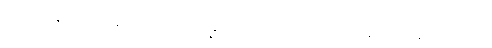
သုံးပါးကုန်သော။ ခန္ဓာ၊ စေတသိက်ခန္ဓာတို့ကို။ အဓိပ္ပေတာ၊ အလိုရှိအပ်ကုန်၏။ တသ္မာ၊